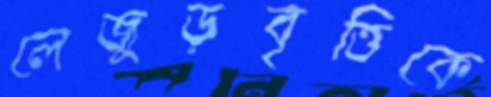
লেজুড়বৃত্তিকে